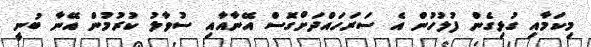
މިކަމާއި ގުޅިގެން ފުލުހުން އެ ސަރަހައްދަށްގޮސް އޭނާއާއި ސުވާލު ކުރުމުން އޭނާ ބުނީ